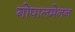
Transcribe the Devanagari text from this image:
गोपालमेनन